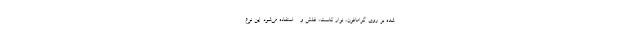
شده بر روی گرامافون، نوار کاست، فلش و ... استفاده می‌شود. این نوع